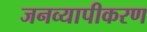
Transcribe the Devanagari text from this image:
जनव्यापीकरण